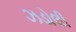
ઝડોલી